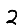
Digit: 2